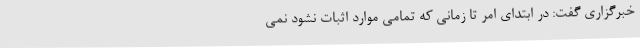
خبرگزاری گفت: در ابتدای امر تا زمانی که تمامی موارد اثبات نشود نمی